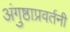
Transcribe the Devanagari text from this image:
अंगुष्ठाप्रवर्तनी